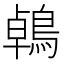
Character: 鵫